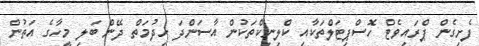
ފެށިގެން ޕްރައިވެޓް ހޮސްޕިޓަލްތަކާއި ކްލިނިކްތަކުން އާސަންދަ ހިދުމަތް ދޭން ބަލި މީހާގެ އަތުން